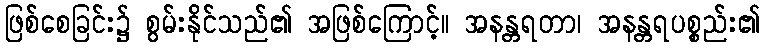
ဖြစ်စေခြင်း၌ စွမ်းနိုင်သည်၏ အဖြစ်ကြောင့်။ အနန္တရတာ၊ အနန္တရပစ္စည်း၏